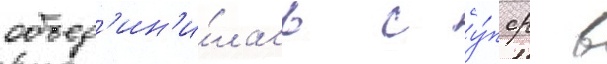
объед'ин'и́лась с у́пср в